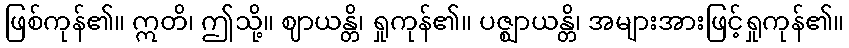
ဖြစ်ကုန်၏။ ဣတိ၊ ဤသို့။ ဈာယန္တိ၊ ရှုကုန်၏။ ပဇ္ဈာယန္တိ၊ အများအားဖြင့်ရှုကုန်၏။